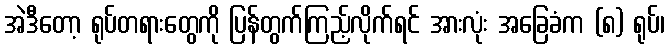
အဲဒီတော့ ရုပ်တရားတွေကို ပြန်တွက်ကြည့်လိုက်ရင် အားလုံး အခြေခံက (၈) ရုပ်၊